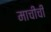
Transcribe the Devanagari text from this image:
माचीची